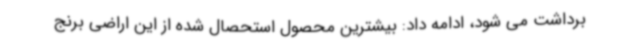
برداشت می شود، ادامه داد: بیشترین محصول استحصال شده از این اراضی برنج